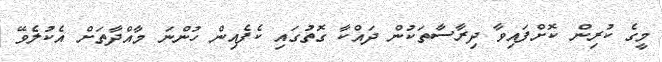
މީގެ ކުރިން ކޮށްފައިވާ ދިރާސާތަކުން ދައްކާ ގޮތުގައި ކެފެއިން ހުންނަ މާއްދާތަށް އެކުލެވޭ